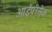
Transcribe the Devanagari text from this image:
आईपीसेक